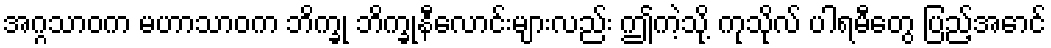
အဂ္ဂသာဝက မဟာသာဝက ဘိက္ခု ဘိက္ခုနီလောင်းများလည်း ဤကဲ့သို့ ကုသိုလ် ပါရမီတွေ ပြည့်အောင်